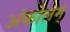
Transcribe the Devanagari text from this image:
अंकोलम्